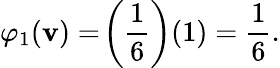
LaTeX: \varphi_{1}(\mathbf{v})=\! \left({\frac{{1}}{{6}}}\right)(1)={\frac{{1}}{{6}}}.